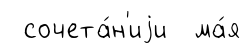
сочета́н'иjи ма́я